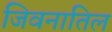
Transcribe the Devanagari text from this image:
जिवनातिल